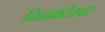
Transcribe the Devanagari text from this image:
निळकंठेश्वर